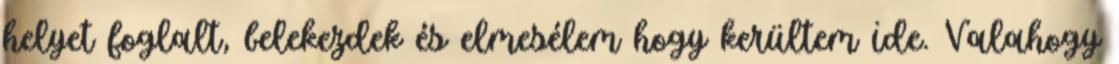
helyet foglalt, belekezdek és elmesélem hogy kerültem ide. Valahogy